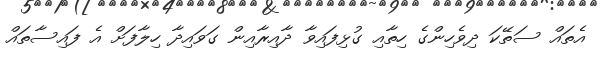
އެތައް ސަތޭކަ ދިވެހިންގެ ހިތާއި ގުޅިފައިވާ ދާއިރާއިން ގަވައިދާ ހިލާފަށް އެ ފައިސާތައް